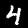
Digit: 4